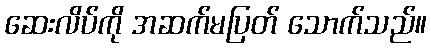
ဆေးလိပ်ကို အဆက်မပြတ် သောက်သည်။